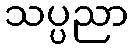
သပ္ပညာ